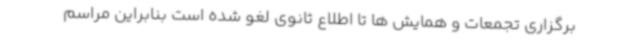
برگزاری تجمعات و همایش ها تا اطلاع ثانوی لغو شده است بنابراین مراسم